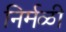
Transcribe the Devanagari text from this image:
निर्मळी